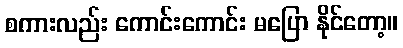
စကားလည်း ကောင်းကောင်း မပြော နိုင်တော့။